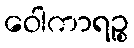
ဝေါကာရဉ္စ